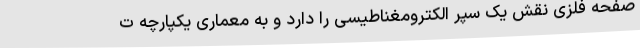
صفحه فلزی نقش یک سپر الکترومغناطیسی را دارد و به معماری یکپارچه ت